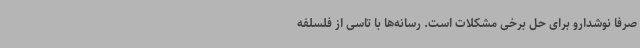
صرفا نوشدارو برای حل برخی مشکلات است. رسانه‌ها با تاسی از فلسلفه